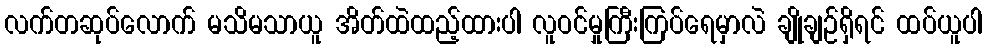
လက်တဆုပ်လောက် မသိမသာယူ အိတ်ထဲထည့်ထားပါ လူဝင်မှုကြီးကြပ်ရေမှာလဲ ချိုချဉ်ရှိရင် ထပ်ယူပါ